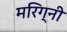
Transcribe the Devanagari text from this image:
मरिग्नी